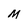
Character: M